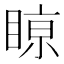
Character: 𥈘